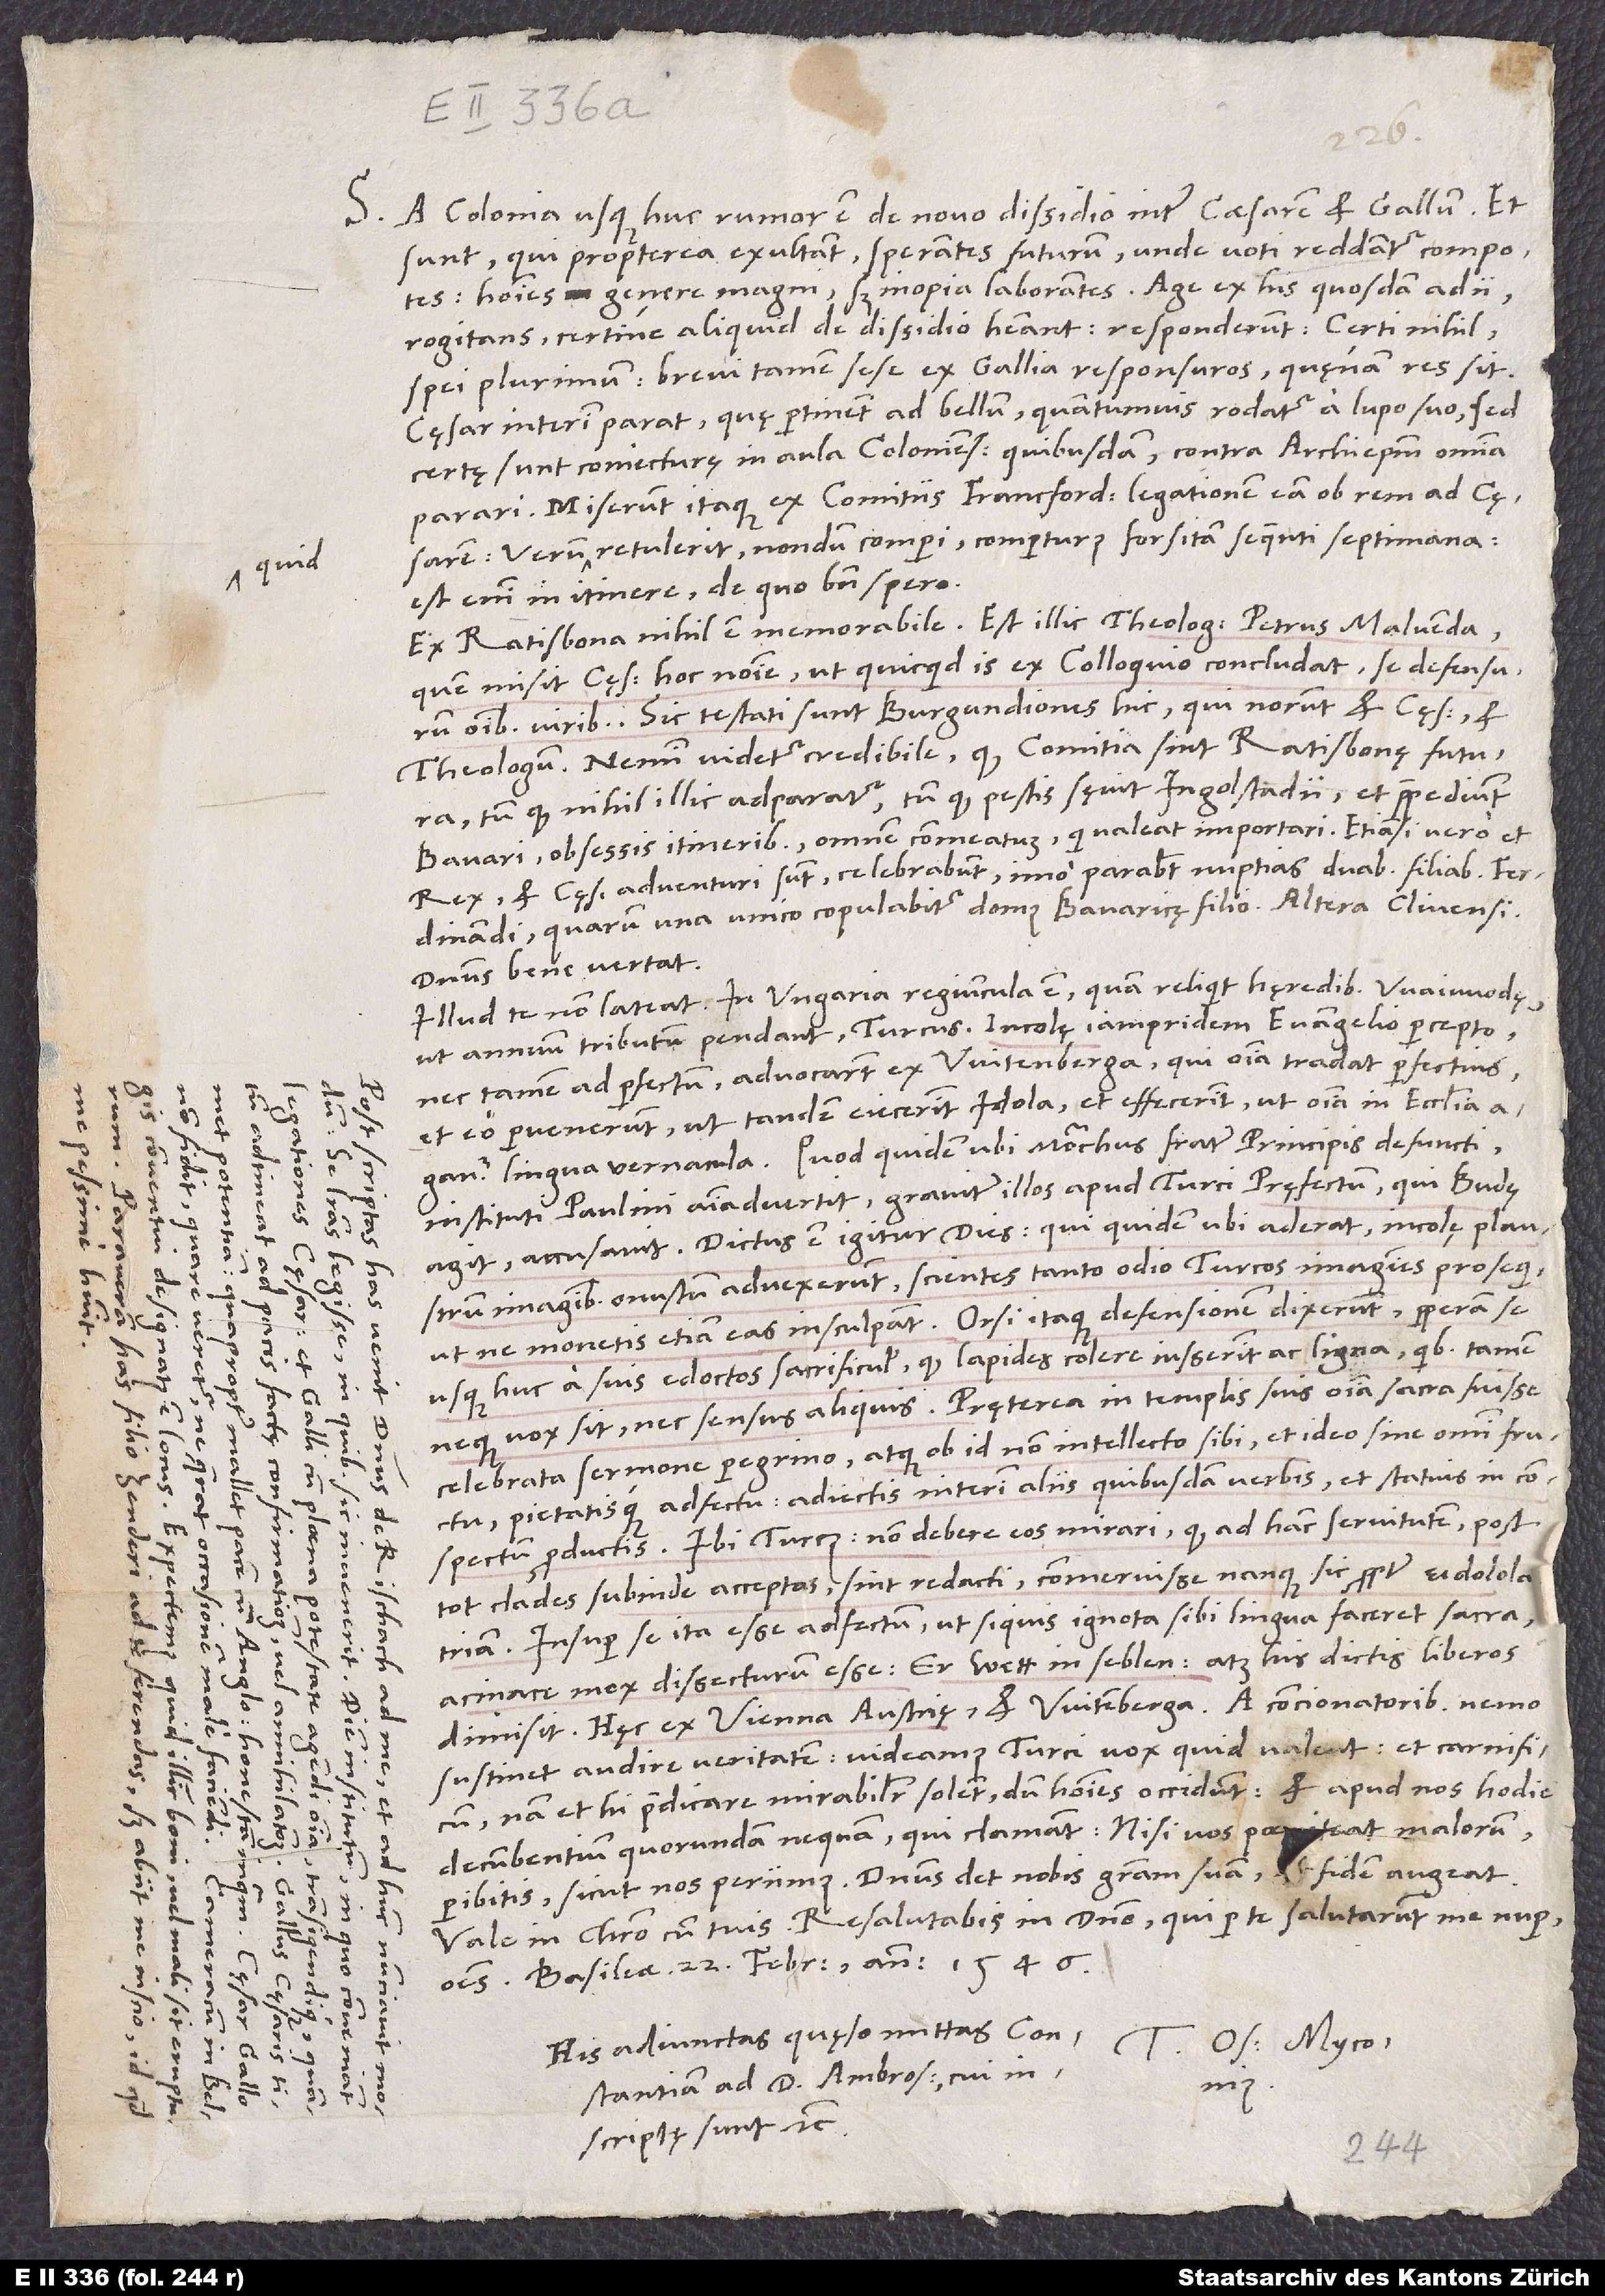
S.

quid

D.

A Colonia usque huc rumor est de novo dissidio inter caesarem et Gallum. Et
sunt, qui propterea exultant, sperantes futurum, unde voti reddantur compotes,
homines genere magni, sed inopia laborantes. Age, ex his quosdam adii
rogitans, certine aliquid de dissidio habeant. Responderunt: „Certi nihil,
spei plurimum“; brevi tamen sese ex Gallia responsuros, quęnam res sit.
Cęsar interim parat, quę pertinent ad bellum, quantumvis rodatur a lupo suo. Sed
certę sunt coniecturę in aula Coloniensi quibusdam contra archiepiscopum omnia
parari. Miserunt itaque ex comitiis Francfordiensibus legationem eam ob rem ad cęsarem.
Verum quid retulerit, nondum comperi. Comperturus forsitan sequenti septimana;
est enim in itinere, de quo bene spero.
Ex Ratisbona nihil est memorabile. Est illic theologus Petrus Malvenda,
quem misit cęsar hoc nomine, ut, quicquid is ex colloquio concludat, se defensurum
omnibus viribus. Sic testati sunt Burgundiones hic, qui norunt et cęsarem et
theologum. Nemini videtur credibile, quod comitia sint Ratisbonę futura,
tum quod nihil illic adparatur, tum quod pestis sęvit Ingolstadii et praepediunt
Bavari obsessis itineribus omnem commeatum, qui valeat importari. Etiamsi vero et
rex et cęsar adventuri sunt, celebrabunt, imo parabunt nuptias duabus filiabus Ferdinandi,
quarum una unico copulabitur domus Bavaricę filio, altera Clivensi.
Dominus bene vertat.
Illud te non lateat: In Ungaria regiuncula est, quam reliquit hęredibus Waiwodę,
ut annum tributum pendant, Turcus. Incolę iampridem evangelio percepto
nec tamen ad perfectum advocarunt ex Witenberga, qui omnia tradat perfectius;
et eo pervenerunt, ut tandem eiecerint idola et effecerint, ut omnia in ecclesia
lingua vernacula. Quod quidem, ubi monachus, frater principis defuncti,
instituti Paulini, animadvertit, graviter illos apud Turci pręfectum, qui Budę
agit, accusavit. Dictus est igitur dies, qui quidem, ubi aderat, incolę plaustrum
imaginibus onustum advexerunt, scientes tanto odio Turcos imagines prosequi,
ut ne monetis etiam eas insculpant. Orsi itaque defensionem dixerunt perperam se
usque huc a suis edoctos sacrificulis, quod lapides colere iusserint ac ligna, quibus tamen
neque vox sit nec sensus aliquis; pręterea in templis suis omnia sacra fuisse
celebrata sermone peregrino atque ob id non intellecto sibi et ideo sine omni fructu
pietatisque adfectu adiectis interim aliis quibusdam verbis et statuis in
conspectum productis. Ibi Turcus: Non debere eos mirari, quod ad hanc servitutem post
tot clades subinde acceptas sint redacti; commeruisse nanque sic propter eidololatriam.
Insuper se ita esse adfectum, ut, si quis ignota sibi lingua faceret sacra,
acinace mox dissecturum esse: Er wett in seblen. Atque his dictis liberos
dimisit. Hęc ex Vienna Austrię et Witemberga. A concionatoribus nemo
sustinet audire veritatem. Videamus, Turci vox quid valeat et carnificum;
nam et hi praedicare mirabiliter solent, dum homines occidunt. Et apud nos hodie
decumbentium quorundam nequam, qui clamant: „Nisi vos poeiteat malorum,
peribitis, sicut nos periimus.“ Dominus det nobis gratiam suam et fidem augeat.
Vale in Christo cum tuis. Resalutabis in domino, qui per te salutarunt me nuper,
omnes. Basileae, 22. februarii anno 1546.
His adiunctas, quęso, mittas Constantiam
inscriptę sunt, etc.